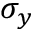
\sigma _ { y }